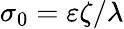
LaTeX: \sigma_{0}=\varepsilon\zeta/\lambda